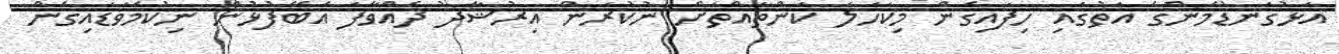
އަޅުގަނޑުމެންގެ އަތުގައި ހިފައިގެން މިކަހަލަ ކަންތައްތަށް ނުކުރަން އިރުޝާދު ދެއްވާފަ އެބޭފުޅުން ނިކުމެވަޑައިގެން